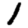
Digit: 1